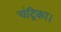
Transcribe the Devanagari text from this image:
चंद्रिका।